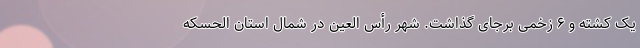
یک کشته و ۶ زخمی برجای گذاشت. شهر رأس العین در شمال استان الحسکه